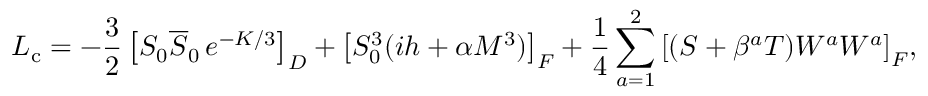
{ \cal L } _ { \mathrm { c } } = - { \frac { 3 } { 2 } } \left[ S _ { 0 } \overline { { S } } _ { 0 } \, e ^ { - K / 3 } \right] _ { D } + \left[ S _ { 0 } ^ { 3 } ( i h + \alpha M ^ { 3 } ) \right] _ { F } + { \frac { 1 } { 4 } } \sum _ { a = 1 } ^ { 2 } { \left[ ( S + \beta ^ { a } T ) { \cal W } ^ { a } { \cal W } ^ { a } \right] _ { F } } ,